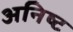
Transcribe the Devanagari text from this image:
अनिष्‍ट